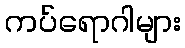
ကပ်ရောဂါများ